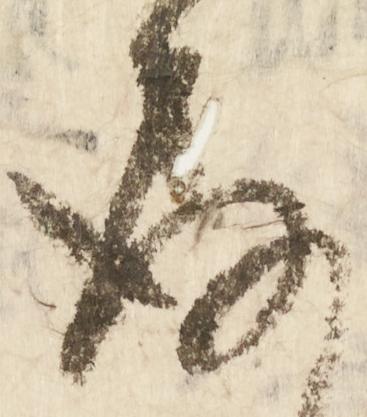
存